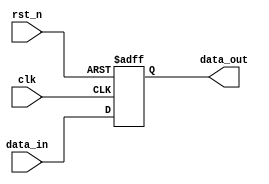
module reset_condition (
    input wire clk,            // Clock signal
    input wire rst_n,         // Active-low reset signal (reset condition)
    input wire [7:0] data_in, // Example input signal
    output reg [7:0] data_out  // Example output signal
);

// Internal state variable
reg [7:0] state;

// Synchronous reset logic
always @(posedge clk or negedge rst_n) begin
    if (!rst_n) begin
        // Reset condition: Initialize state to zero
        state <= 8'b0;
    end else begin
        // Normal operation: Update state with input data
        state <= data_in;
    end
end

// Output assignment
always @(*) begin
    // Output the current state
    data_out = state;
end

endmodule